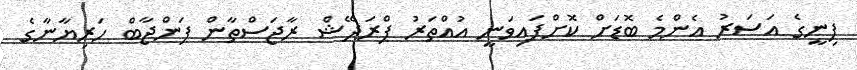
ފިނީގެ އަސަރު އެންމެ ބޮޑަށް ކޮށްފައިވަނީ އުއްތަރު ޕްރަދޭޝް ރާޖަސްތާން ޕަންޖާބް ހަރިޔާނާގެ